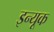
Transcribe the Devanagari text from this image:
इन्यूक